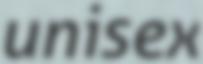
unisex